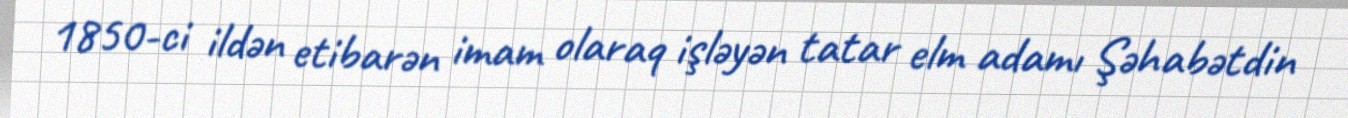
1850-ci ildən etibarən imam olaraq işləyən tatar elm adamı Şəhabətdin